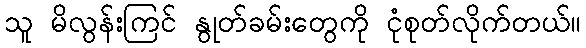
သူ မိလွန်းကြင် နွုတ်ခမ်းတွေကို ငုံစုတ်လိုက်တယ်။